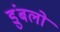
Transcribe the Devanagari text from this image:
डुंबलो